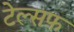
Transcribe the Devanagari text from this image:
टेल्सफ़